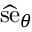
{ \widehat { \mathrm { s e } } } _ { \theta }